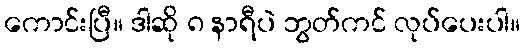
ကောင်းပြီ။ ဒါဆို ၈ နာရီပဲ ဘွတ်ကင် လုပ်ပေးပါ။